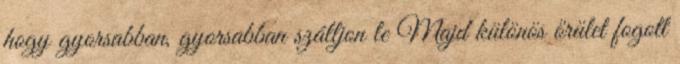
hogy gyorsabban, gyorsabban szálljon le Majd különös őrület fogott